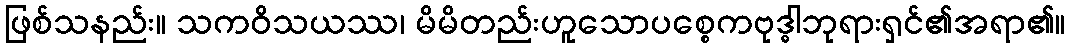
ဖြစ်သနည်း။ သကဝိသယဿ၊ မိမိတည်းဟူသောပစ္စေကဗုဒ္ဓါဘုရားရှင်၏အရာ၏။